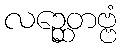
လဉ္ဆေတဗ္ဗံ